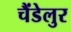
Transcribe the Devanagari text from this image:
चैंडेलुर